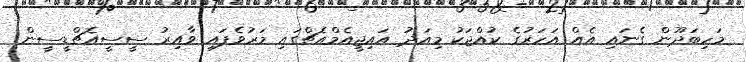
މަހިބަދޫން ގެނައި އެއް އަހަރުގެ ކުއްޖަކު މިއަދު އައިޖީއެމްއެޗްގައި މަރުވެފައި ވާއިރު ސީސީއެޗްޑީސީން